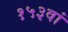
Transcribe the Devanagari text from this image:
१५३वां